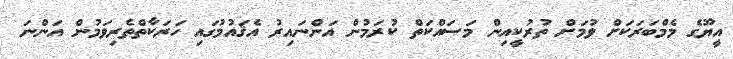
އީޔޫގެ މެމްބަރަކަށް ވުމަށް ތުރުކީއިން މަސައްކަތް ކުރަމުން އަންނައިރު އެޤައުމުގައި ހަރަކާތްތެރިވަމުން އަންނަ